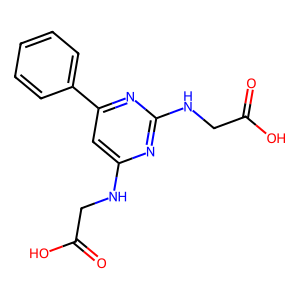
SMILES: O=C(O)CNc1cc(-c2ccccc2)nc(NCC(=O)O)n1
Inhibits HIV replication: No